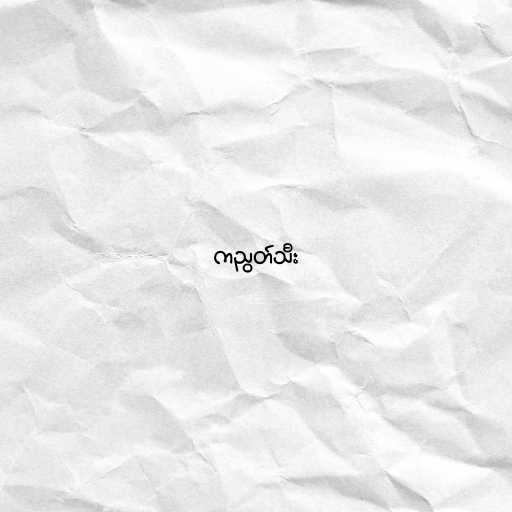
ကညွတ်သီး